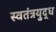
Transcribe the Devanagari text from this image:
स्वतंत्रयुद्ध